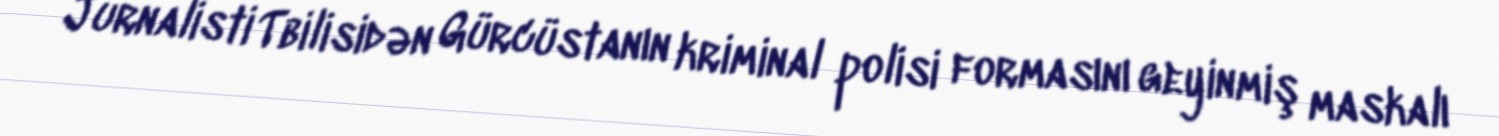
Jurnalisti Tbilisidən Gürcüstanın kriminal polisi formasını geyinmiş maskalı